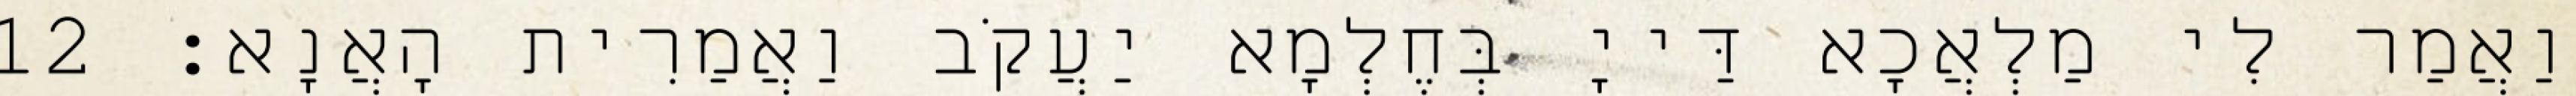
וַאֲמַר לִי מַלְאֲכָא דַּייָ בְּחֶלְמָא יַעֲקֹב וַאֲמַרִית הָאֲנָא׃ 12